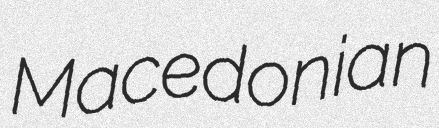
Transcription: Macedonian